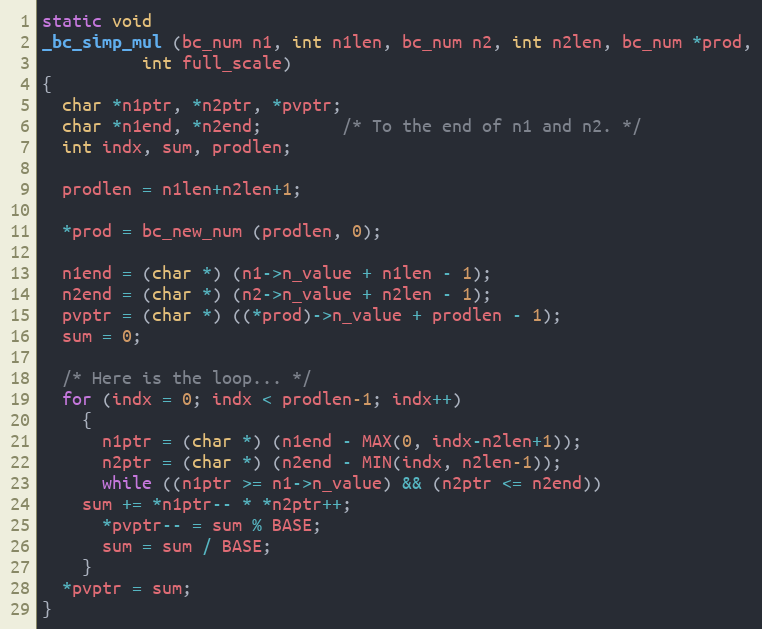
Language: C++
static void
_bc_simp_mul (bc_num n1, int n1len, bc_num n2, int n2len, bc_num *prod,
	      int full_scale)
{
  char *n1ptr, *n2ptr, *pvptr;
  char *n1end, *n2end;		/* To the end of n1 and n2. */
  int indx, sum, prodlen;

  prodlen = n1len+n2len+1;

  *prod = bc_new_num (prodlen, 0);

  n1end = (char *) (n1->n_value + n1len - 1);
  n2end = (char *) (n2->n_value + n2len - 1);
  pvptr = (char *) ((*prod)->n_value + prodlen - 1);
  sum = 0;

  /* Here is the loop... */
  for (indx = 0; indx < prodlen-1; indx++)
    {
      n1ptr = (char *) (n1end - MAX(0, indx-n2len+1));
      n2ptr = (char *) (n2end - MIN(indx, n2len-1));
      while ((n1ptr >= n1->n_value) && (n2ptr <= n2end))
	sum += *n1ptr-- * *n2ptr++;
      *pvptr-- = sum % BASE;
      sum = sum / BASE;
    }
  *pvptr = sum;
}